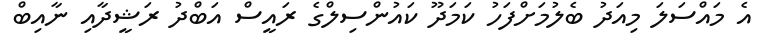
އެ މައްސަލަ މިއަދު ބެލުމަށްފަހު ކަމަދޫ ކައުންސިލްގެ ރައީސް އަބްދު ރަޝީދާއި ނާއިބް